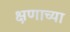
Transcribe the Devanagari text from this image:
क्षणाच्या